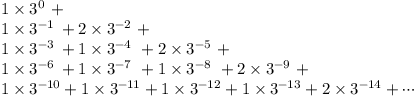
{ \begin{array} { l } { 1 \times 3 ^ { 0 \, \, \, } + } \\ { 1 \times 3 ^ { - 1 \, \, } + 2 \times 3 ^ { - 2 \, \, \, } + } \\ { 1 \times 3 ^ { - 3 \, \, } + 1 \times 3 ^ { - 4 \, \, \, } + 2 \times 3 ^ { - 5 \, \, \, } + } \\ { 1 \times 3 ^ { - 6 \, \, } + 1 \times 3 ^ { - 7 \, \, \, } + 1 \times 3 ^ { - 8 \, \, \, } + 2 \times 3 ^ { - 9 \, \, \, } + } \\ { 1 \times 3 ^ { - 1 0 } + 1 \times 3 ^ { - 1 1 } + 1 \times 3 ^ { - 1 2 } + 1 \times 3 ^ { - 1 3 } + 2 \times 3 ^ { - 1 4 } + \cdots } \end{array} }